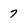
Character: 7